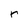
Character: r